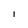
Character: I